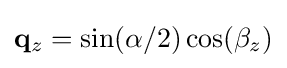
\mathbf {q} _{z}=\sin(\alpha /2)\cos(\beta _{z})